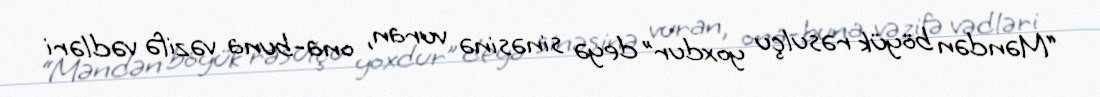
“Məndən böyük rəsulçu yoxdur” deyə sinəsinə vuran, ona-buna vəzifə vədləri